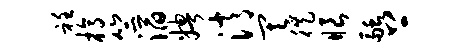
衽槁竺滔娉消其徙眼融上